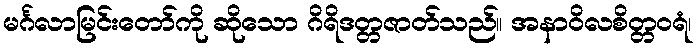
မင်္ဂလာမြင်းတော်ကို ဆိုသော ဂိရိဒတ္တဇာတ်သည်။ အနာဝိလစိတ္တဝရံ၊